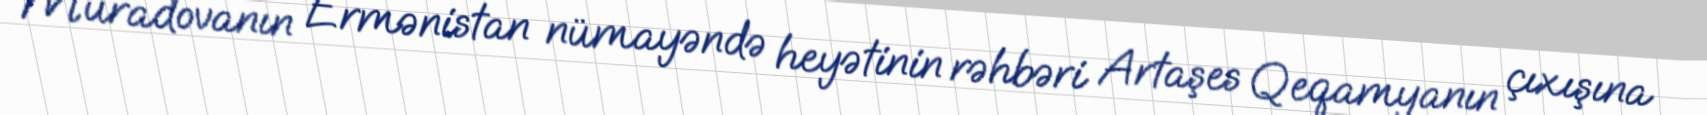
Muradovanın Ermənistan nümayəndə heyətinin rəhbəri Artaşes Qeqamyanın çıxışına